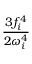
\frac { 3 f _ { i } ^ { 4 } } { 2 \omega _ { i } ^ { 4 } }